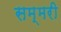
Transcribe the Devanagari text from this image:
सम्मरी